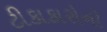
ટીકાકારોનો